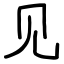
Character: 见